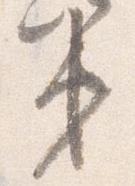
第